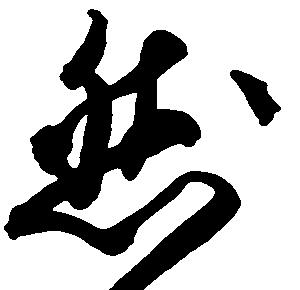
然